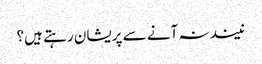
نیند نہ آنے سے پریشان رہتے ہیں؟